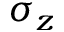
\sigma _ { z }